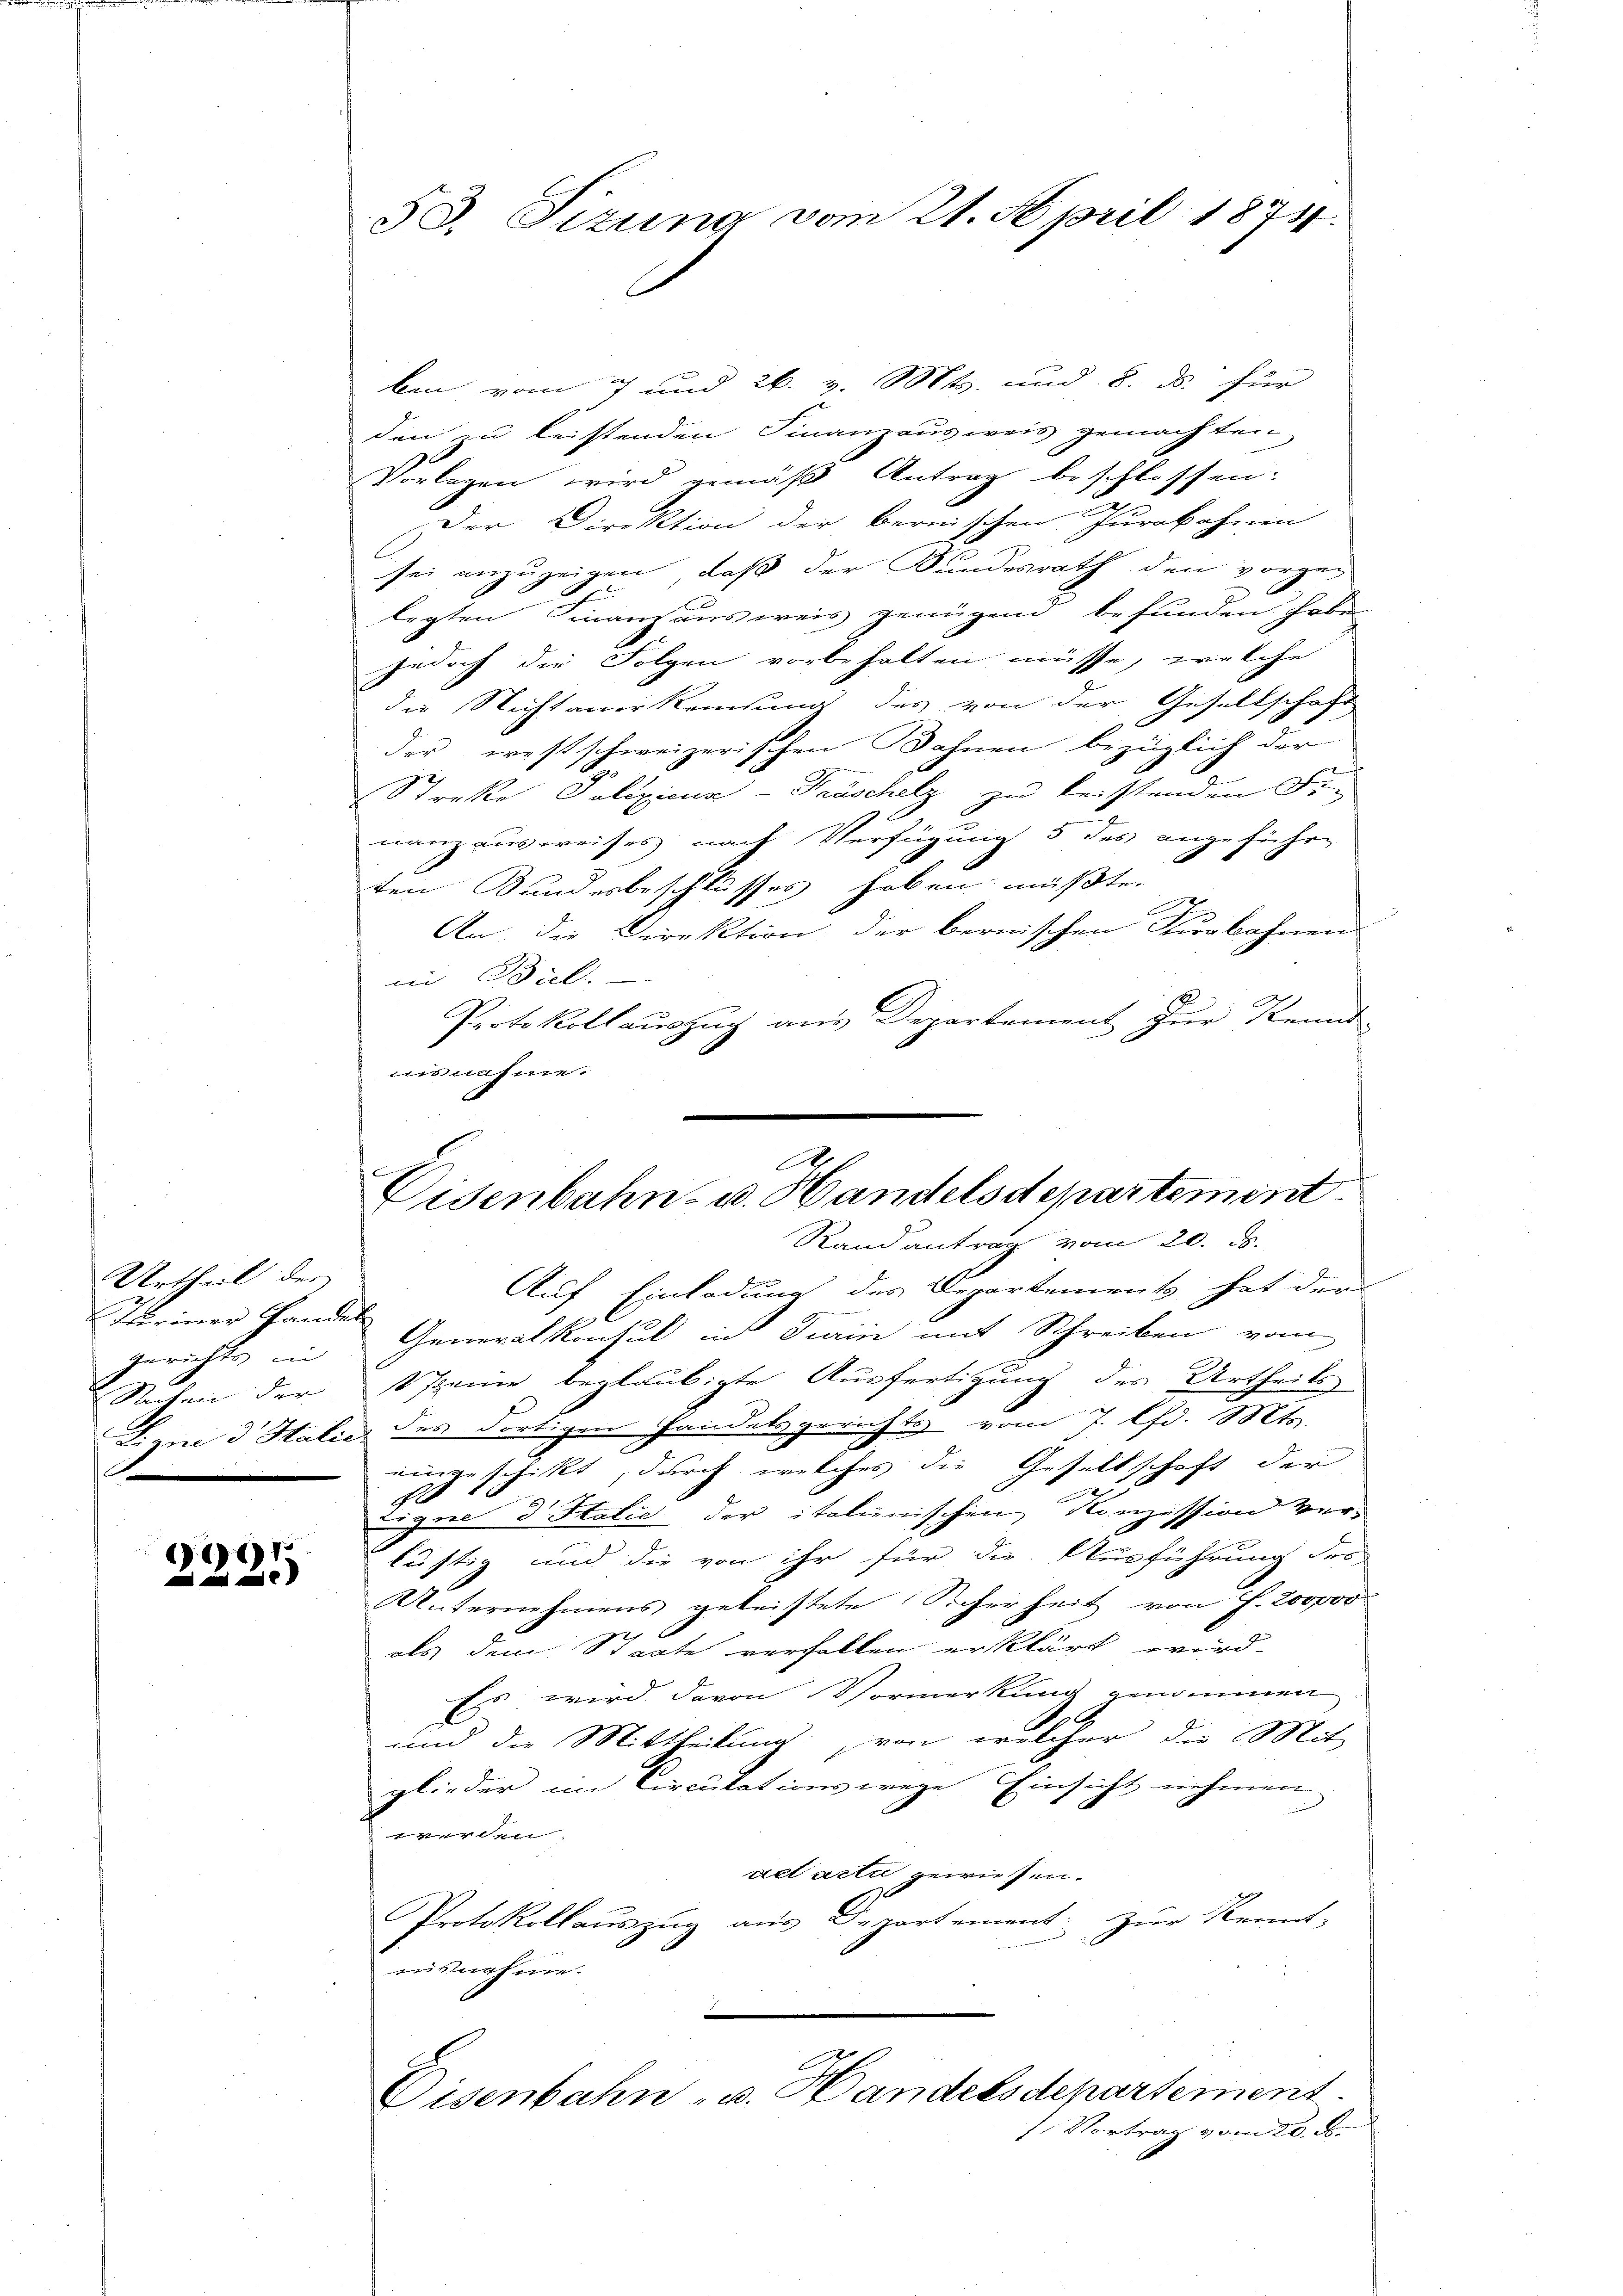
Urtheil der
Dariner Handel
I

)6)1:
 und eine

53. Tizung vom 21. April 1874.

ben vom 7 und 26. v. Mts. und 8. d. für
den zu leistenden Finanzausweis gemachten
Vorlagen wird gemäß Antrag beschlossen:
Der Direktion der bernischen Jurabohnen
sei anzuzeigen, daß der Bundesrath den vorgen
legten Finanzausweis genügend befunden habe
jedoch die Folgen vorbehalten müsse, welche
die Nichtanerkennung des von der Gesellschaft
der westschweizerischen Bahnen bezüglich der
Streke Polizicus - Fröschelz zu leistenden Fi-
nanz ausweises nach Verfügung 5 des angeführe
ten Bundesbeschlusses haben müßte.
.
An die Direktion der bernischen Turbahnen
in Biel.
Protokoll auszug aus Departement zur Kennt-
nisnahme.
Auf Einladung des Departements hat der
gerichts in Generalkonsul in Train mit Schreiben vom
Sachen der seine beglaubigte Ausfertigung des Urtheils-
B. ein d Halić des dortigen Handelsgerichts vom 7. d. Mts.
eingeschikt, durch welches die Gesellschaft der
23.
he
Eugen d. Statie der italienischen Konzession ver-
lästig und die von ihr für die Ausführung des
Unternehmens geleistete Sicherheit von f. 200000
als dem Staate verfallen erklärt wird.
Es wird davon Vormerkung genommen
und die Mittheilung, von welcher die Mit
glieder im Circulationswege Einsicht nehmen
e
ad acti gewiesen.
Protokollaŭszŭg aŭs Departement zŭr Kennt-
ausnahme.
Eisenbahn- u. Handelsdepartement.
Vortrag vom 20. ds.

A
Eisenbahn- u. Handelsdepartement
Randantrag vom 20. ds.